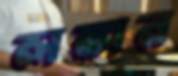
লঙ্কান